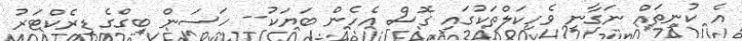
އެ ކުނިތައް ނަގާނީ ވެހިކަލްތަކުގައި ގޮސް އެހެން ބަޔަކު-- ހަސަން ބިގްގެ ޑިރެކްޓަރު